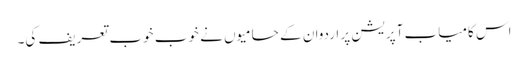
اس کامیاب آپریشن پر اردوان کے حامیوں نے خوب خوب تعریف کی۔